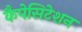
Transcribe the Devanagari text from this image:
कैपेसिटेशन